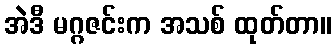
အဲဒီ မဂ္ဂဇင်းက အသစ် ထုတ်တာ။